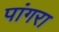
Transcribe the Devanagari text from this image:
पांगरा